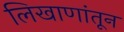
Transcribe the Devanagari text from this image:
लिखाणांतून